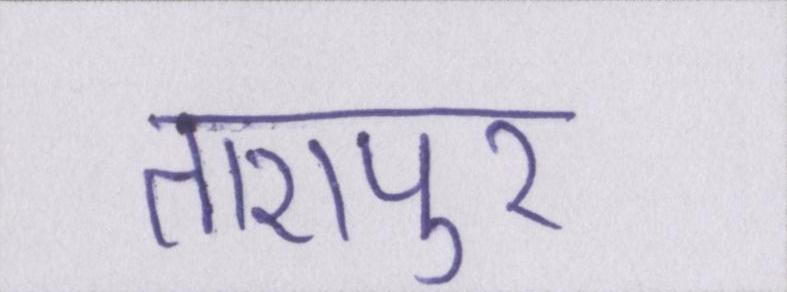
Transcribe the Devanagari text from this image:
तारापुर